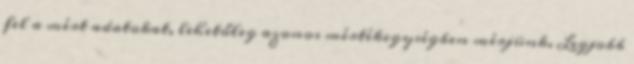
fel a mért adatokat, lehetőleg azonos mértékegységben mérjünk. Legjobb